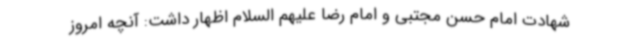
شهادت امام حسن مجتبی و امام رضا علیهم السلام اظهار داشت: آنچه امروز